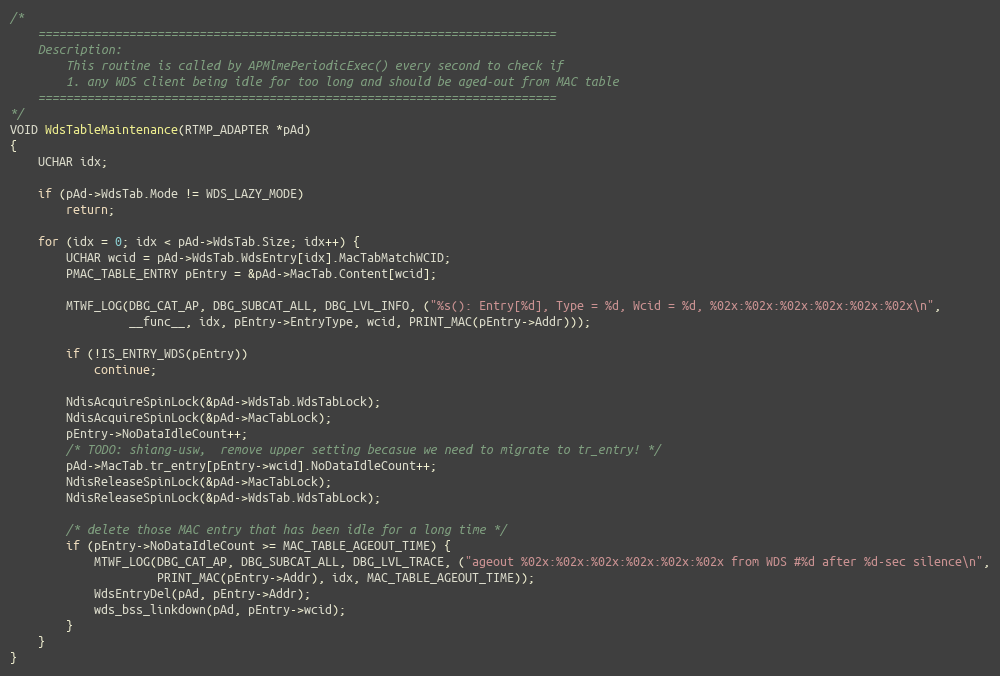
Language: C
/*
	==========================================================================
	Description:
		This routine is called by APMlmePeriodicExec() every second to check if
		1. any WDS client being idle for too long and should be aged-out from MAC table
	==========================================================================
*/
VOID WdsTableMaintenance(RTMP_ADAPTER *pAd)
{
	UCHAR idx;

	if (pAd->WdsTab.Mode != WDS_LAZY_MODE)
		return;

	for (idx = 0; idx < pAd->WdsTab.Size; idx++) {
		UCHAR wcid = pAd->WdsTab.WdsEntry[idx].MacTabMatchWCID;
		PMAC_TABLE_ENTRY pEntry = &pAd->MacTab.Content[wcid];

		MTWF_LOG(DBG_CAT_AP, DBG_SUBCAT_ALL, DBG_LVL_INFO, ("%s(): Entry[%d], Type = %d, Wcid = %d, %02x:%02x:%02x:%02x:%02x:%02x\n",
				 __func__, idx, pEntry->EntryType, wcid, PRINT_MAC(pEntry->Addr)));

		if (!IS_ENTRY_WDS(pEntry))
			continue;

		NdisAcquireSpinLock(&pAd->WdsTab.WdsTabLock);
		NdisAcquireSpinLock(&pAd->MacTabLock);
		pEntry->NoDataIdleCount++;
		/* TODO: shiang-usw,  remove upper setting becasue we need to migrate to tr_entry! */
		pAd->MacTab.tr_entry[pEntry->wcid].NoDataIdleCount++;
		NdisReleaseSpinLock(&pAd->MacTabLock);
		NdisReleaseSpinLock(&pAd->WdsTab.WdsTabLock);

		/* delete those MAC entry that has been idle for a long time */
		if (pEntry->NoDataIdleCount >= MAC_TABLE_AGEOUT_TIME) {
			MTWF_LOG(DBG_CAT_AP, DBG_SUBCAT_ALL, DBG_LVL_TRACE, ("ageout %02x:%02x:%02x:%02x:%02x:%02x from WDS #%d after %d-sec silence\n",
					 PRINT_MAC(pEntry->Addr), idx, MAC_TABLE_AGEOUT_TIME));
			WdsEntryDel(pAd, pEntry->Addr);
			wds_bss_linkdown(pAd, pEntry->wcid);
		}
	}
}